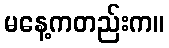
မနေ့ကတည်းက။